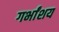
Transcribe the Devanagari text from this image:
गर्भांशय